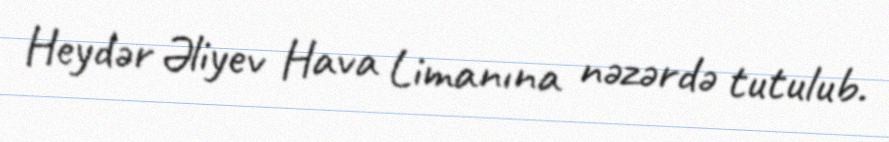
Heydər Əliyev Hava Limanına nəzərdə tutulub.